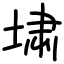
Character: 㙌